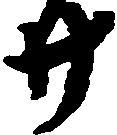
廿